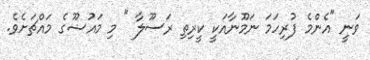
ވަނީ "އެންމެ ފުރިހަމަ ނަމޫނާއަކީ ކީރިތި ރަސޫލާ " މި މައުޟޫގެ މައްޗަށެވެ.